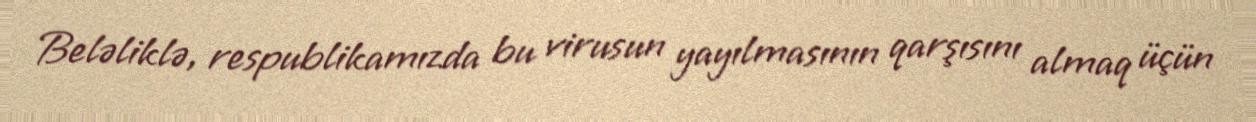
Beləliklə, respublikamızda bu virusun yayılmasının qarşısını almaq üçün